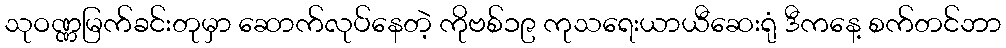
သုဝဏ္ဏမြက်ခင်းတုမှာ ဆောက်လုပ်နေတဲ့ ကိုဗစ်၁၉ ကုသရေးယာယီဆေးရုံ ဒီကနေ့ စက်တင်ဘာ